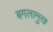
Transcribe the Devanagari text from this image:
बगलामुख